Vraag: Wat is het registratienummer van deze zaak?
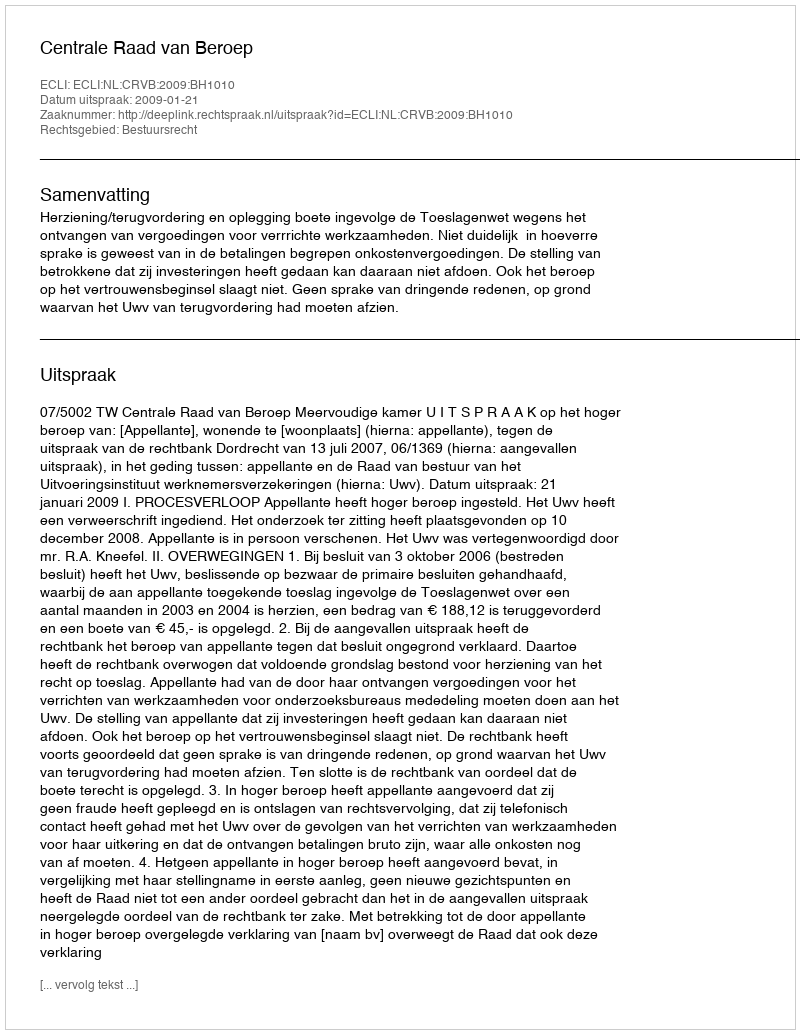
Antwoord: http://deeplink.rechtspraak.nl/uitspraak?id=ECLI:NL:CRVB:2009:BH1010